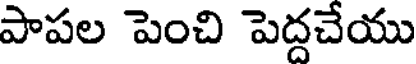
పాపల పెంచి పెద్దచేయు